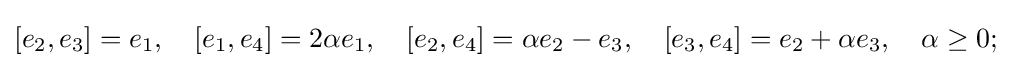
[e_{2},e_{3}]=e_{1},\quad [e_{1},e_{4}]=2\alpha e_{1},\quad [e_{2},e_{4}]=\alpha e_{2}-e_{3},\quad [e_{3},e_{4}]=e_{2}+\alpha e_{3},\quad \alpha \geq 0;